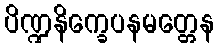
ပိဏ္ဍနိက္ခေပနမတ္တေန